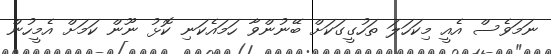
ނަމަވެސް އެއީ މިކަހަލަ ތަހުގީގަކަށް ބޭނުންވާ ހަމައެކަނި ކޮޅު ނޫން ކަމަށް އެމީހުން